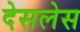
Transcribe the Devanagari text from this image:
देसलेस